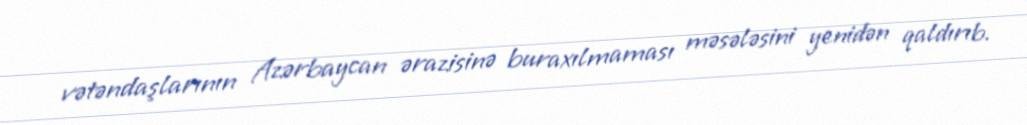
vətəndaşlarının Azərbaycan ərazisinə buraxılmaması məsələsini yenidən qaldırıb.